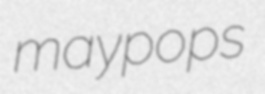
maypops